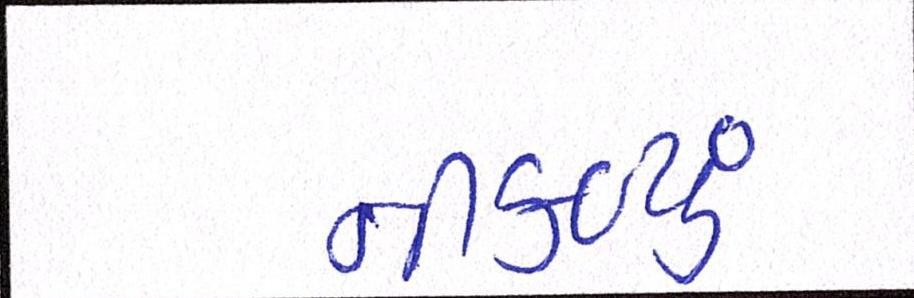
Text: નીકળ્યું